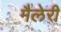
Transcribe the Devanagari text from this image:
मैलेरी